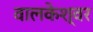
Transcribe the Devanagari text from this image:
वालकेश्वर